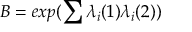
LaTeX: { \cal B } = e x p ( \sum { \lambda } _ { i } ( 1 ) { \lambda } _ { i } ( 2 ) )